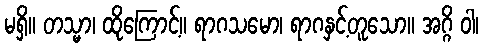
မရှိ။ တသ္မာ၊ ထိုကြောင့်။ ရာဂသမော၊ ရာဂနှင့်တူသော။ အဂ္ဂိ ဝါ၊